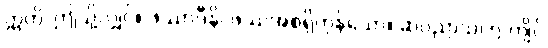
ဣတိ၊ ဤသို့လျှင်။ ဖဿာဒီနိ၊ ဖဿအစရှိကုန်သော။ ဆပညာသ၊ ၅-ကျိပ်